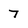
Character: 7